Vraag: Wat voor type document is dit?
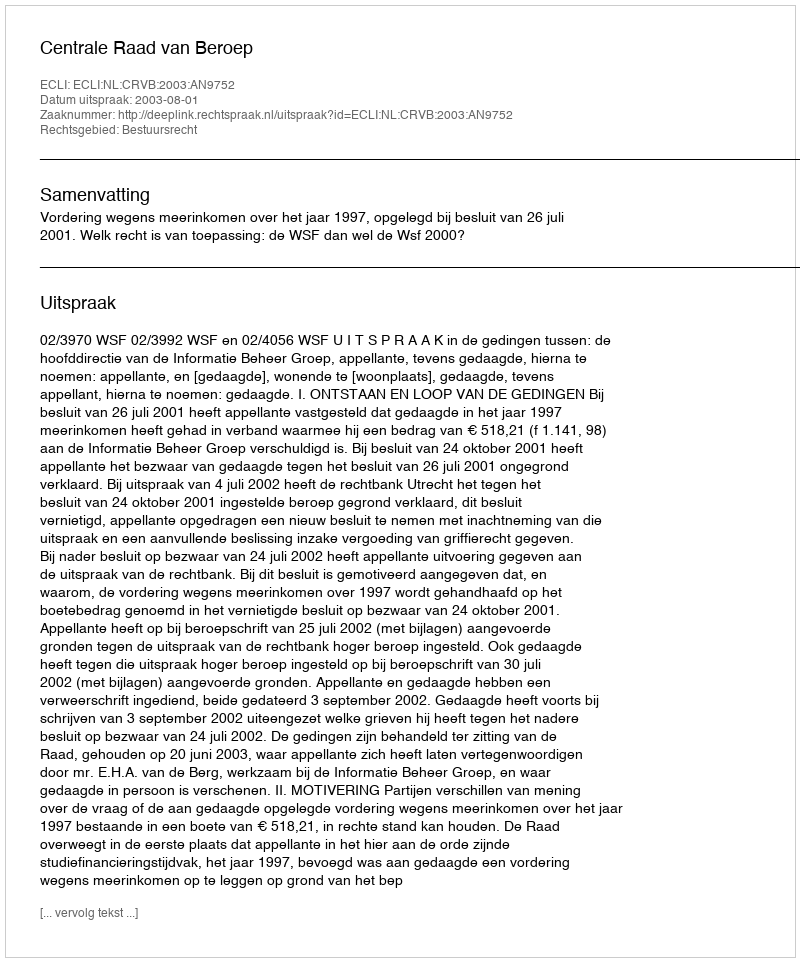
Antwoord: Uitspraak